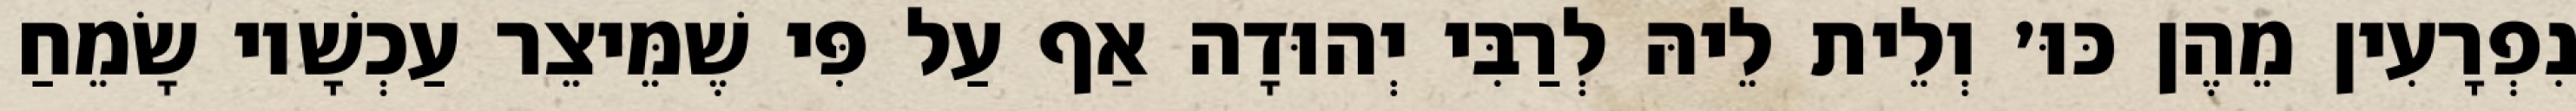
נִפְרָעִין מֵהֶן כּוּ׳ וְלֵית לֵיהּ לְרַבִּי יְהוּדָה אַף עַל פִּי שֶׁמֵּיצֵר עַכְשָׁיו שָׂמֵחַ